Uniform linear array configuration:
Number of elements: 32
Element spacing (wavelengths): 0.5
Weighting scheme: exponential
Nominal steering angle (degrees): -45
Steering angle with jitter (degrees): -45.518
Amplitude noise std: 0.05
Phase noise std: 0.05

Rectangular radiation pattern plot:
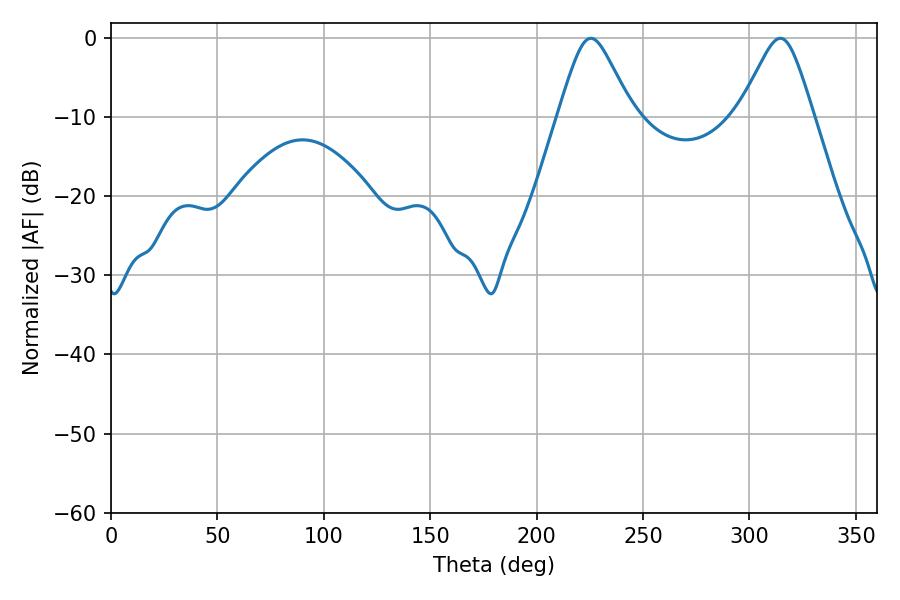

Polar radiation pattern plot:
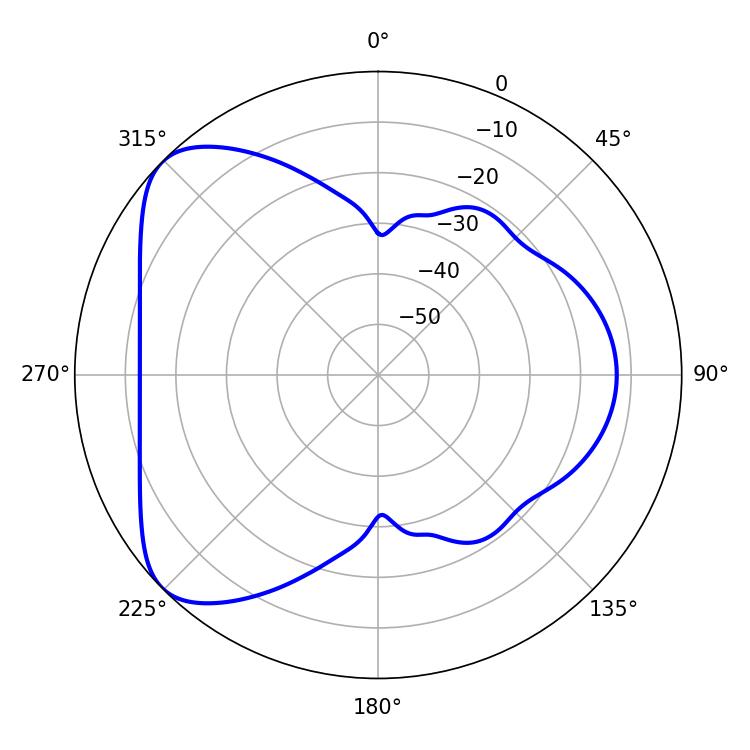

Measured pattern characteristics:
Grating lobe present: FALSE
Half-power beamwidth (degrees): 16.74
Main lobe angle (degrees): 225.54